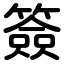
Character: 簽